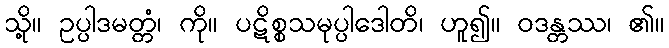
သို့။ ဥပ္ပါဒမတ္တံ၊ ကို။ ပဋိစ္စသမုပ္ပါဒေါတိ၊ ဟူ၍။ ဝဒန္တဿ၊ ၏။